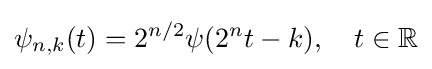
\psi _{n,k}(t)=2^{n/2}\psi (2^{n}t-k),\quad t\in \mathbb {R}